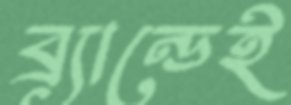
ব্র্যান্ডেই